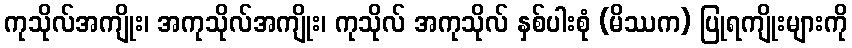
ကုသိုလ်အကျိုး၊ အကုသိုလ်အကျိုး၊ ကုသိုလ် အကုသိုလ် နှစ်ပါးစုံ (မိဿက) ပြုရကျိုးများကို